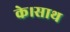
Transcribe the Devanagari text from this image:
के।साथ